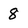
Character: 8